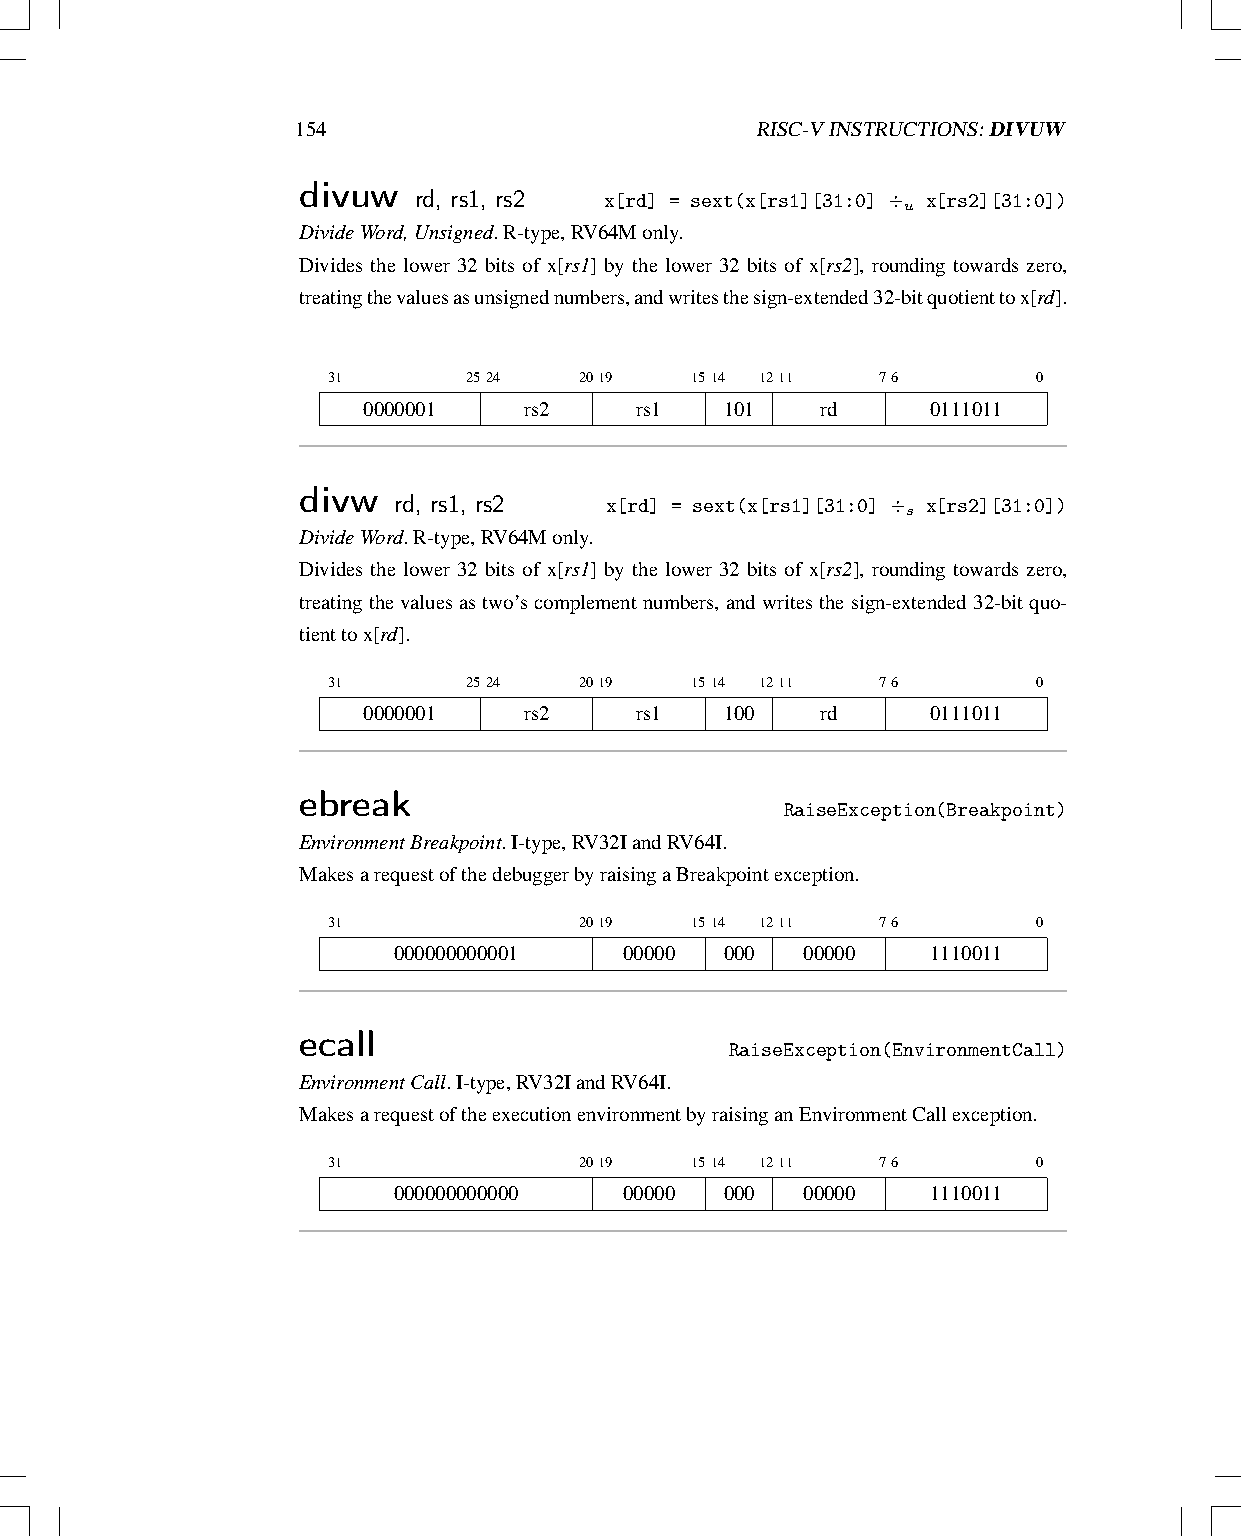
154                           RISC-VINSTRUCTIONS:DIVUW
 divuw  rd, rs1, rs2 x[rd] = sext(x[rs1][31:0] ÷ u x[rs2][31:0])
 DivideWord,Unsigned.R-type,RV64Monly.
 Divides the lower 32 bits of x[rs1] by the lower 32 bits of x[rs2], rounding towards zero,
 treatingthevaluesasunsignednumbers,andwritesthesign-extended32-bitquotienttox[rd].
 31       2524   2019    1514 1211   76         0
 0000001    rs2    rs1   101   rd      0111011
 divw  rd, rs1, rs2  x[rd] = sext(x[rs1][31:0] ÷ s x[rs2][31:0])
 DivideWord.R-type,RV64Monly.
 Divides the lower 32 bits of x[rs1] by the lower 32 bits of x[rs2], rounding towards zero,
 treating thevalues astwo’s complementnumbers, andwrites thesign-extended 32-bit quo-
 tienttox[rd].
 31       2524   2019    1514 1211   76         0
 0000001    rs2    rs1   100   rd      0111011
 ebreak
 RaiseException(Breakpoint)
 EnvironmentBreakpoint.I-type,RV32IandRV64I.
 MakesarequestofthedebuggerbyraisingaBreakpointexception.
 31              2019    1514 1211   76         0
 000000000001   00000  000  00000    1110011
 ecall
 RaiseException(EnvironmentCall)
 EnvironmentCall.I-type,RV32IandRV64I.
 MakesarequestoftheexecutionenvironmentbyraisinganEnvironmentCallexception.
 31              2019    1514 1211   76         0
 000000000000   00000  000  00000    1110011